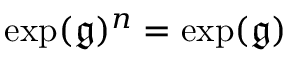
\exp ( { \mathfrak { g } } ) ^ { n } = \exp ( { \mathfrak { g } } )